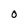
Character: 0